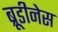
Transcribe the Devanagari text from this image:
ब्रूडीनेस